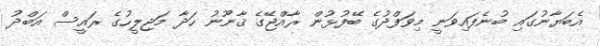
އެބަޔާނުގައި ބުނެފައިވަނީ މިވަފްދުގެ ބޭފުޅުން ރާއްޖޭގެ ޤާނޫނު ހަދާ މަޖިލީހުގެ ރައީސް އަބްދު